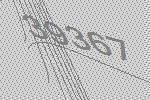
39367